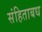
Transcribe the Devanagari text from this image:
संहिताबध